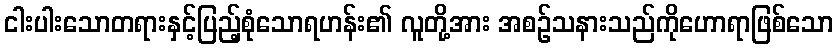
ငါးပါးသောတရားနှင့်ပြည့်စုံသောရဟန်း၏ လူတို့အား အစဉ်သနားသည်ကိုဟောရာဖြစ်သော